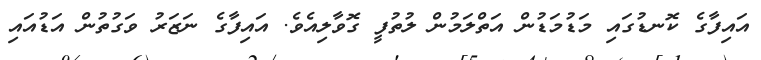
އައިފާގެ ކޮނޑުގައި މަޑުމަޑުން އަތްލަމުން ލުތުފީ ގޮވާލިއެވެ. އައިފާގެ ނަޒަރު ވަގުތުން އަޑުއައި